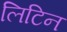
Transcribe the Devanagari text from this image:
लिटिन